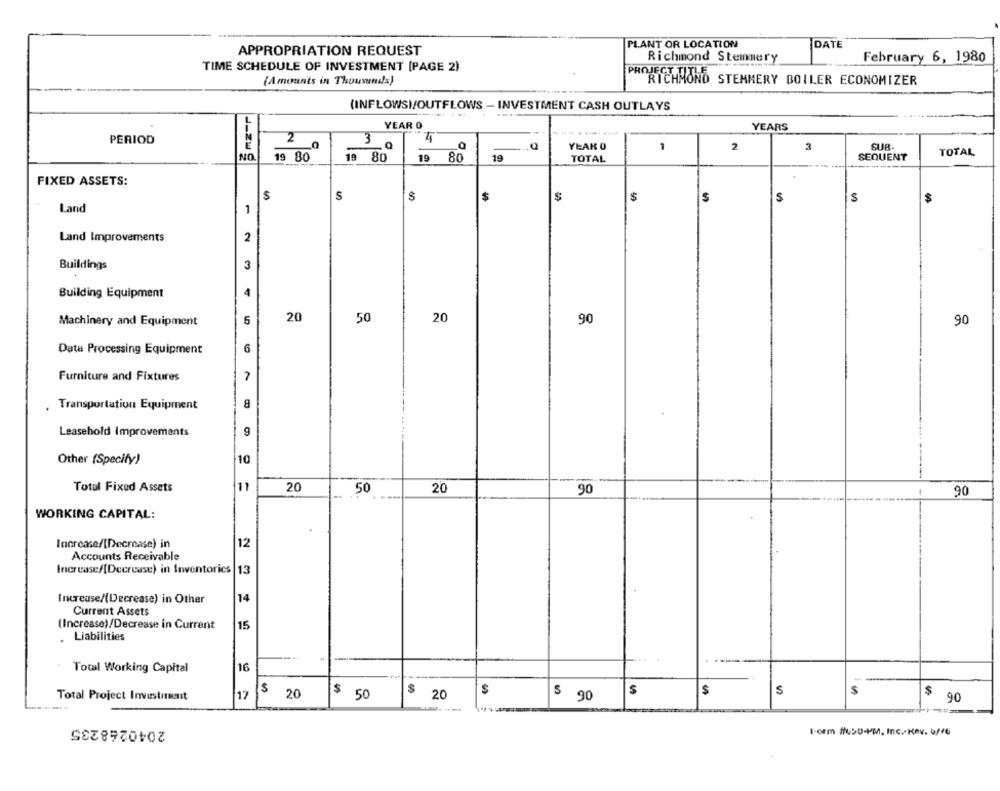
PLANT OR LOCATION
DATE
APPROPRIATION REQUEST
Richmond Stemmery
February 6, 1980
TIME SCHEDULE OF INVESTMENT [PAGE 2)
(Amounts in Thousands)
RICHMOND STEMMERY BOILER ECONOMIZER
(INFLOWSI/OUTFLOWS - INVESTMENT CASH OUTLAYS
YEAR O
YEARS
PERIOD
2
4
ON
3 g
YEAR O
1
2
3
SUB-
19 80
19 80
19 80
19
TOTAL
SEQUENT
TOTAL
FIXED ASSETS:
5
S
$
$
$
S
$
Land
1
2
Land Improvements
Buildings
3
Building Equipment
4
20
Machinery and Equipment
5
50
20
90
90
6
Data Processing Equipment
Furniture and Fixtures
. Transportation Equipment
8
Leasehold Improvements
9
Other (Specify)
10
Total Fixed Assets
11
20
50
20
90
90
WORKING CAPITAL:
Increase/[Decrease) in
12
Accounts Receivable
Increase/[Decrease) in Inventorics 13
Increase/(Decrease) in Other
14
Current Assets
(Increase)/Decrease in Current
15
Liabilities
Total Working Capital
16
Total Project Investiment
17
$ 20
$ 50
$ 20
$
$
$
$
$ 90
$ 90
2040268235
Form #USO-+M, Inc. Kav. 6/06